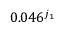
0 . 0 4 6 ^ { j _ { 1 } }